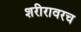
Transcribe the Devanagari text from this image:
शरीरावरच